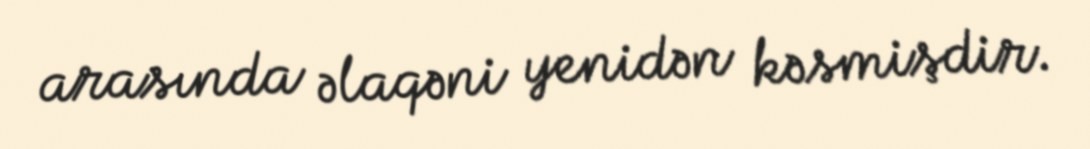
arasında əlaqəni yenidən kəsmişdir.